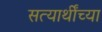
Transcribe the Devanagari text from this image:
सत्यार्थींच्या